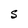
Character: S